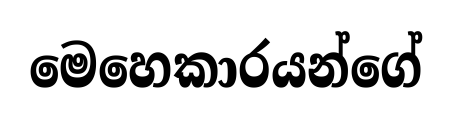
මෙහෙකාරයන්ගේ